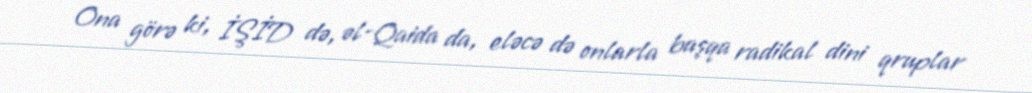
Ona görə ki, İŞİD də, əl-Qaida da, eləcə də onlarla başqa radikal dini qruplar